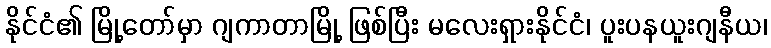
နိုင်ငံ၏ မြို့တော်မှာ ဂျကာတာမြို့ ဖြစ်ပြီး မလေးရှားနိုင်ငံ၊ ပူးပနယူးဂျနီယ၊